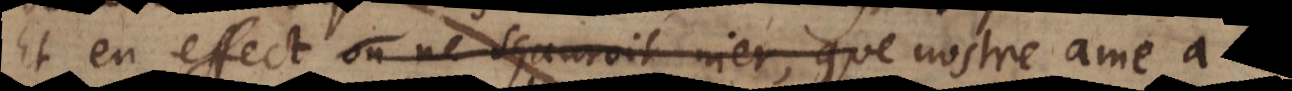
Et en effect on ne sçauroit nier, que nostre ame n